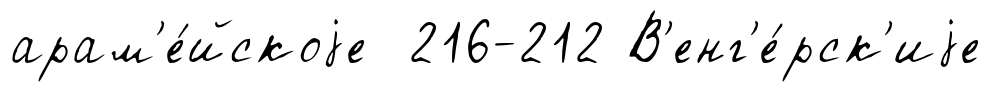
арам'е́йскоjе 216-212 В'енг'е́рск'иjе